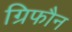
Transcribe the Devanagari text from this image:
ग्रिफौन